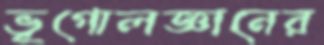
ভূগোলজ্ঞানের